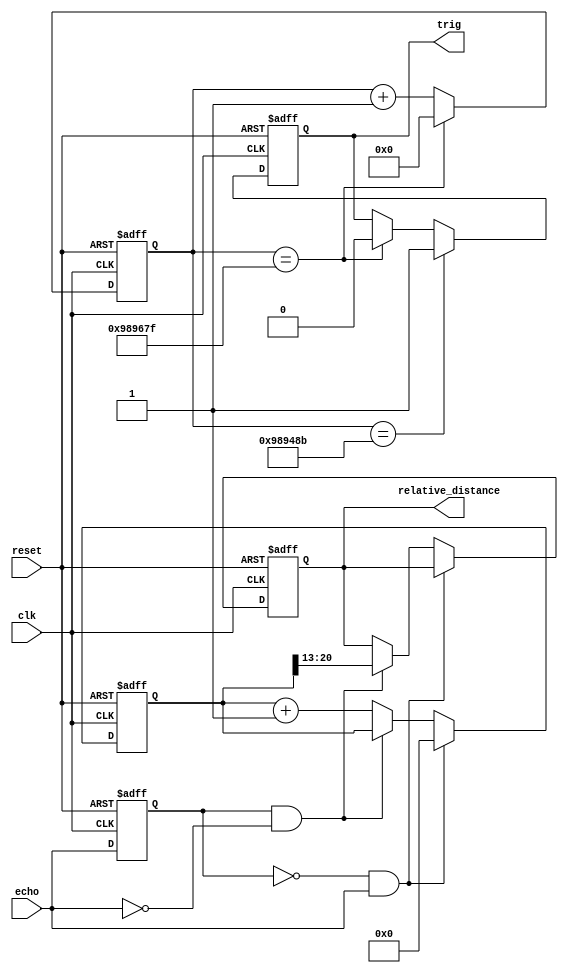
// Note active positive reset

module hc_sr04_ultrasonic_distance_sensor
# (
    parameter clk_frequency           = 50000000,
              relative_distance_width = 8
)
(
    input      clk,
    input      reset,
    output reg trig,
    input      echo,

    output reg [relative_distance_width - 1:0] relative_distance
);

    // Datasheet: http://www.micropik.com/PDF/HCSR04.pdf
    // Time is measured in clk cycles unless noted otherwise

    localparam

        speed_of_sound_meters_per_second   = 343,
        max_range_in_centimeters           = 400,  // From datasheet

        measurement_cycle_in_milliseconds  = 200,  // From datasheet min is 60
        trig_time_in_microseconds          = 10,   // From datasheet

        measurement_cycle_time
            = measurement_cycle_in_milliseconds * (clk_frequency / 1000),

        trig_time
            = trig_time_in_microseconds * (clk_frequency / 1000000),
        
        echo_clk_cycles_per_centimeters
        
            =   clk_frequency
              * 2    // Sound wave goes 2 ways
              / speed_of_sound_meters_per_second
              / 100, // Number of centimeters in meter
              
        max_echo_time
            = max_range_in_centimeters * echo_clk_cycles_per_centimeters,

        // To accomodate values up to measurement_cycle_time - 1
        trig_cnt_width = $clog2 (measurement_cycle_time),
        
        // To accomodate values up to max_echo_time
        echo_cnt_width = $clog2 (max_echo_time + 1);

    `ifndef SIMULATION_ONLY
    
    initial
    begin
        $display ( "speed_of_sound_meters_per_second  : %0d", speed_of_sound_meters_per_second  );
        $display ( "max_range_in_centimeters          : %0d", max_range_in_centimeters          );
        $display ( "measurement_cycle_in_milliseconds : %0d", measurement_cycle_in_milliseconds );
        $display ( "trig_time_in_microseconds         : %0d", trig_time_in_microseconds         );
        $display ( "measurement_cycle_time            : %0d", measurement_cycle_time            );
        $display ( "trig_time                         : %0d", trig_time                         );
        $display ( "echo_clk_cycles_per_centimeters   : %0d", echo_clk_cycles_per_centimeters   );
        $display ( "max_echo_time                     : %0d", max_echo_time                     );
        $display ( "trig_cnt_width                    : %0d", trig_cnt_width                    );
        $display ( "echo_cnt_width                    : %0d", echo_cnt_width                    );
    end
    
    `endif

    reg [trig_cnt_width - 1:0] trig_cnt;

    always @ (posedge clk or posedge reset)
        if (reset)
            trig_cnt <= 0;
        else if (trig_cnt == measurement_cycle_time - 1)
            trig_cnt <= 0;
        else
            trig_cnt <= trig_cnt + 1;

    // We have to wait after reset and after each measurement

    always @ (posedge clk or posedge reset)
        if (reset)
            trig <= 0;
        else if (trig_cnt == measurement_cycle_time - trig_time - 1)
            trig <= 1;
        else if (trig_cnt == measurement_cycle_time - 1)
            trig <= 0;

    reg prev_echo;
    
    always @ (posedge clk or posedge reset)
        if (reset)
            prev_echo <= 0;
        else
            prev_echo <= echo;

    wire posedge_echo = ~ prev_echo &   echo;
    wire negedge_echo =   prev_echo & ~ echo;

    reg [echo_cnt_width - 1:0] echo_cnt;

    always @ (posedge clk or posedge reset)
        if (reset)
        begin
            echo_cnt          <= 0;
            relative_distance <= 0;
        end
        else if (posedge_echo)
        begin
            echo_cnt <= 0;
        end
        else if (negedge_echo)
        begin
            relative_distance
                <= echo_cnt [   echo_cnt_width - 1 
                              : echo_cnt_width - relative_distance_width ];
        end
        else
        begin
            echo_cnt <= echo_cnt + 1;
        end

endmodule